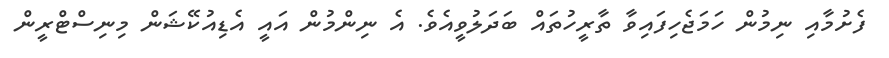
ފެށުމާއި ނިމުން ހަމަޖެހިފައިވާ ތާރީހުތައް ބަދަލުވީއެވެ. އެ ނިންމުން އައީ އެޑިއުކޭޝަން މިނިސްޓްރީން